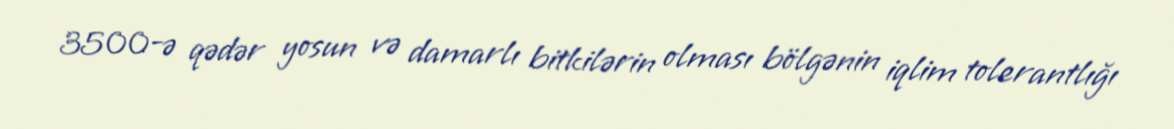
3500-ə qədər yosun və damarlı bitkilərin olması bölgənin iqlim tolerantlığı